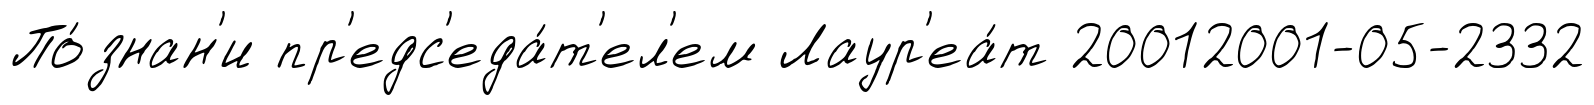
По́знан'и пр'едс'еда́т'ел'ем Лаур'еа́т 20012001-05-2332